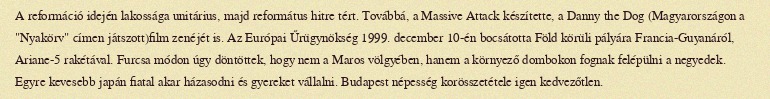
A reformáció idején lakossága unitárius, majd református hitre tért. Továbbá, a Massive Attack készítette, a Danny the Dog (Magyarországon a "Nyakörv" címen játszott)film zenéjét is. Az Európai Űrügynökség 1999. december 10-én bocsátotta Föld körüli pályára Francia-Guyanáról, Ariane-5 rakétával. Furcsa módon úgy döntöttek, hogy nem a Maros völgyében, hanem a környező dombokon fognak felépülni a negyedek. Egyre kevesebb japán fiatal akar házasodni és gyereket vállalni. Budapest népesség korösszetétele igen kedvezőtlen.